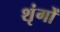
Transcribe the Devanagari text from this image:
शृंगों